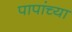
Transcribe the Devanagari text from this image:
पापांच्‍या